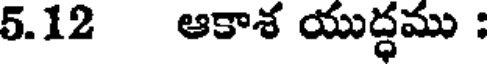
5.12 ఆకాశ యుద్ధము :